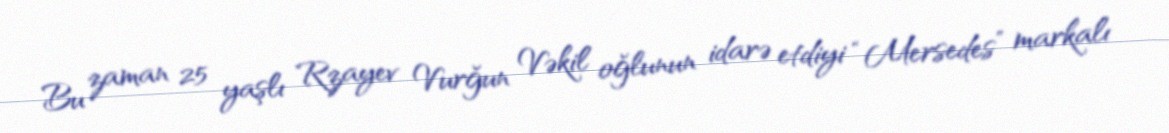
Bu zaman 25 yaşlı Rzayev Vurğun Vəkil oğlunun idarə etdiyi “Mersedes” markalı